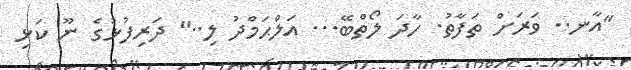
"އާނ.. ވަރަށް ތަފާތު. ހާދަ ލޯތްބޭ... އަލްޙަމްދު ލި.." ދަރިފުޅުގެ ނޫ ކަޅި